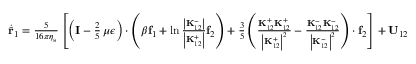
\begin{array} { r } { \dot { \bar { \mathbf { r } } } _ { 1 } = \frac { 5 } { 1 6 \pi \eta _ { \mathrm { s } } } \left[ \left( \mathbf { I } - \frac { 2 } { 5 } \, \mu \boldsymbol { \epsilon } \right) \cdot \left( \beta \mathbf { f } _ { 1 } + \ln \frac { \left| \mathbf { K } _ { 1 2 } ^ { - } \right| } { \left| \mathbf { K } _ { 1 2 } ^ { + } \right| } \mathbf { f } _ { 2 } \right) + \frac { 3 } { 5 } \left( \frac { \mathbf { K } _ { 1 2 } ^ { + } \mathbf { K } _ { 1 2 } ^ { + } } { \left| \mathbf { K } _ { 1 2 } ^ { + } \right| ^ { 2 } } - \frac { \mathbf { K } _ { 1 2 } ^ { - } \mathbf { K } _ { 1 2 } ^ { - } } { \left| \mathbf { K } _ { 1 2 } ^ { - } \right| ^ { 2 } } \right) \cdot \mathbf { f } _ { 2 } \right] + \mathbf { U } _ { 1 2 } \, , } \end{array}